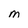
Character: m